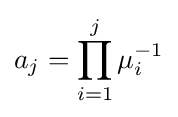
a_{j}=\prod \limits _{i=1}^{j}\mu _{i}^{-1}